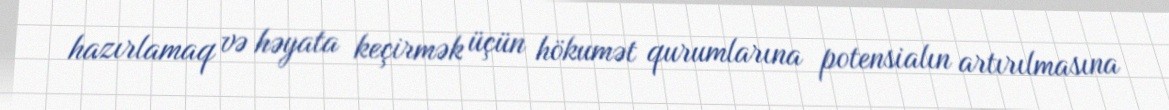
hazırlamaq və həyata keçirmək üçün hökumət qurumlarına potensialın artırılmasına